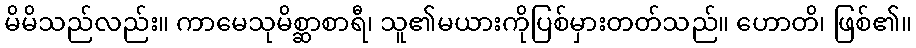
မိမိသည်လည်း။ ကာမေသုမိစ္ဆာစာရီ၊ သူ၏မယားကိုပြစ်မှားတတ်သည်။ ဟောတိ၊ ဖြစ်၏။